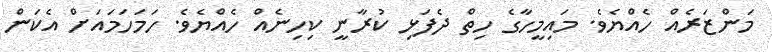
މަންޒަރެއް ހެއްޔެވެ. މައިމީހާގެ ހިތް ދެފަޅި ކުރާނީ ކިހިނެއް ހެއްޔެވެ. ހަމަހަމައަށް އެކަން